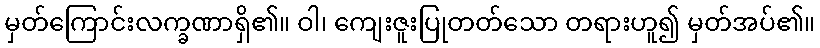
မှတ်ကြောင်းလက္ခဏာရှိ၏။ ဝါ၊ ကျေးဇူးပြုတတ်သော တရားဟူ၍ မှတ်အပ်၏။